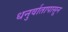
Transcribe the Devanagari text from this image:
धनुर्वातापासून